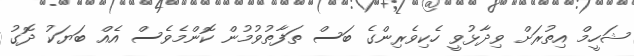
ޝަހީމް އިތުރަށް ވިދާޅުވީ ހެކިވެރިންގެ ބަސް ތަފާތުވުމުން ކޮންމެވެސް އެއް ބަޔަކު ދޮގު